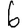
Digit: 6